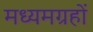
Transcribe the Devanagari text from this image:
मध्यमग्रहों